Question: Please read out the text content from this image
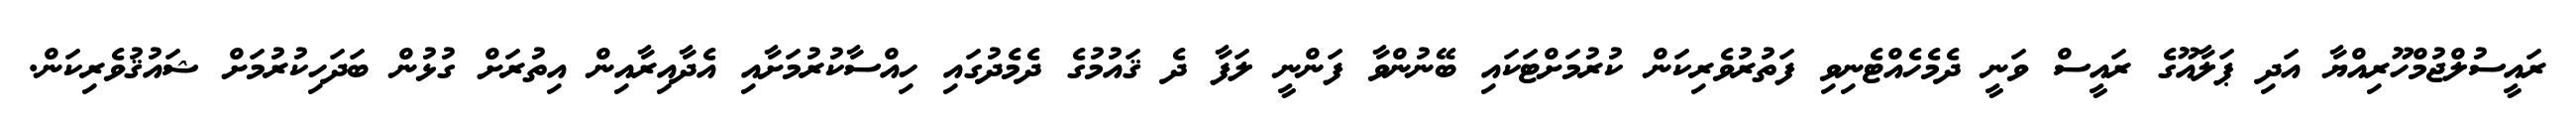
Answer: ރައީސުލްޖުމްހޫރިއްޔާ އަދި ޕަލާއޫގެ ރައީސް ވަނީ ދެމެހެއްޓެނިވި ފަތުރުވެރިކަން ކުރުމަށްޓަކައި ބޭނުންވާ ފަންނީ ލަފާ ދެ ޤައުމުގެ ދެމެދުގައި ހިއްސާކުރުމަށާއި އެދާއިރާއިން އިތުރަށް ގުޅުން ބަދަހިކުރުމަށް ޝައުޤުވެރިކަން.